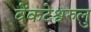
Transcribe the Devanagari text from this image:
वेंकटेश्वरुलु